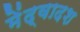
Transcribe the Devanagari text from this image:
मेंद्वादश